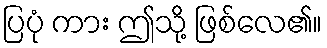
ပြပုံ ကား ဤသို့ ဖြစ်လေ၏။